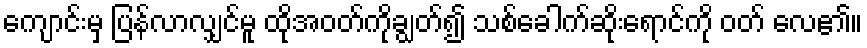
ကျောင်းမှ ပြန်လာလျှင်မူ ထိုအဝတ်ကိုချွတ်၍ သစ်ခေါက်ဆိုးရောင်ကို ဝတ် လေ၏။